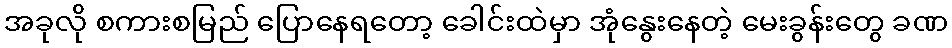
အခုလို စကားစမြည် ပြောနေရတော့ ခေါင်းထဲမှာ အုံနွေးနေတဲ့ မေးခွန်းတွေ ခဏ